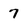
Character: 7